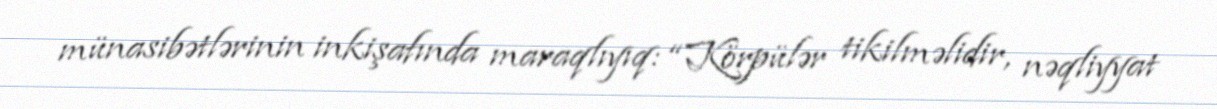
münasibətlərinin inkişafında maraqlıyıq: “Körpülər tikilməlidir, nəqliyyat